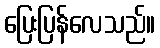
ပြေးပြန်လေသည်။